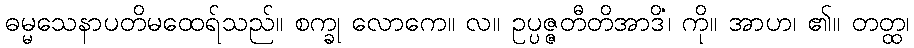
ဓမ္မသေနာပတိမထေရ်သည်။ စက္ခု လောကေ။ လ။ ဥပ္ပဇ္ဇတီတိအာဒိံ၊ ကို။ အာဟ၊ ၏။ တတ္ထ၊